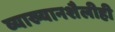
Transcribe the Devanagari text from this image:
व्याख्यानशैलीही